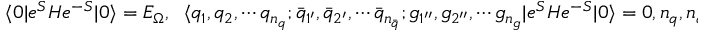
\langle 0 | e ^ { S } H e ^ { - S } | 0 \rangle = E _ { \Omega } , \; \; \langle q _ { 1 } , q _ { 2 } , \cdots q _ { n _ { q } } ; { \bar { q } } _ { 1 ^ { \prime } } , { \bar { q } } _ { 2 ^ { \prime } } , \cdots { \bar { q } } _ { n _ { \bar { q } } } ; g _ { 1 ^ { \prime \prime } } , g _ { 2 ^ { \prime \prime } } , \cdots g _ { n _ { g } } | e ^ { S } H e ^ { - S } | 0 \rangle = 0 , n _ { q } , n _ { \bar { q } } , n _ { g } = 1 , 2 , \cdots .